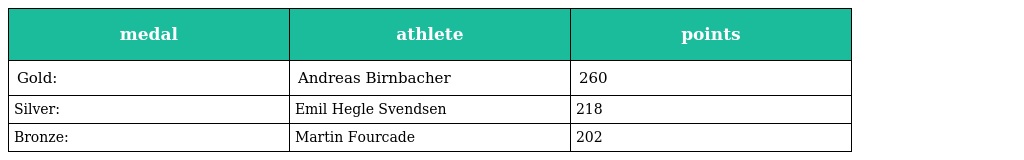
| medal | athlete | points |
 | --- | --- | --- |
 | Gold: | Andreas Birnbacher | 260 |
 | Silver: | Emil Hegle Svendsen | 218 |
 | Bronze: | Martin Fourcade | 202 |